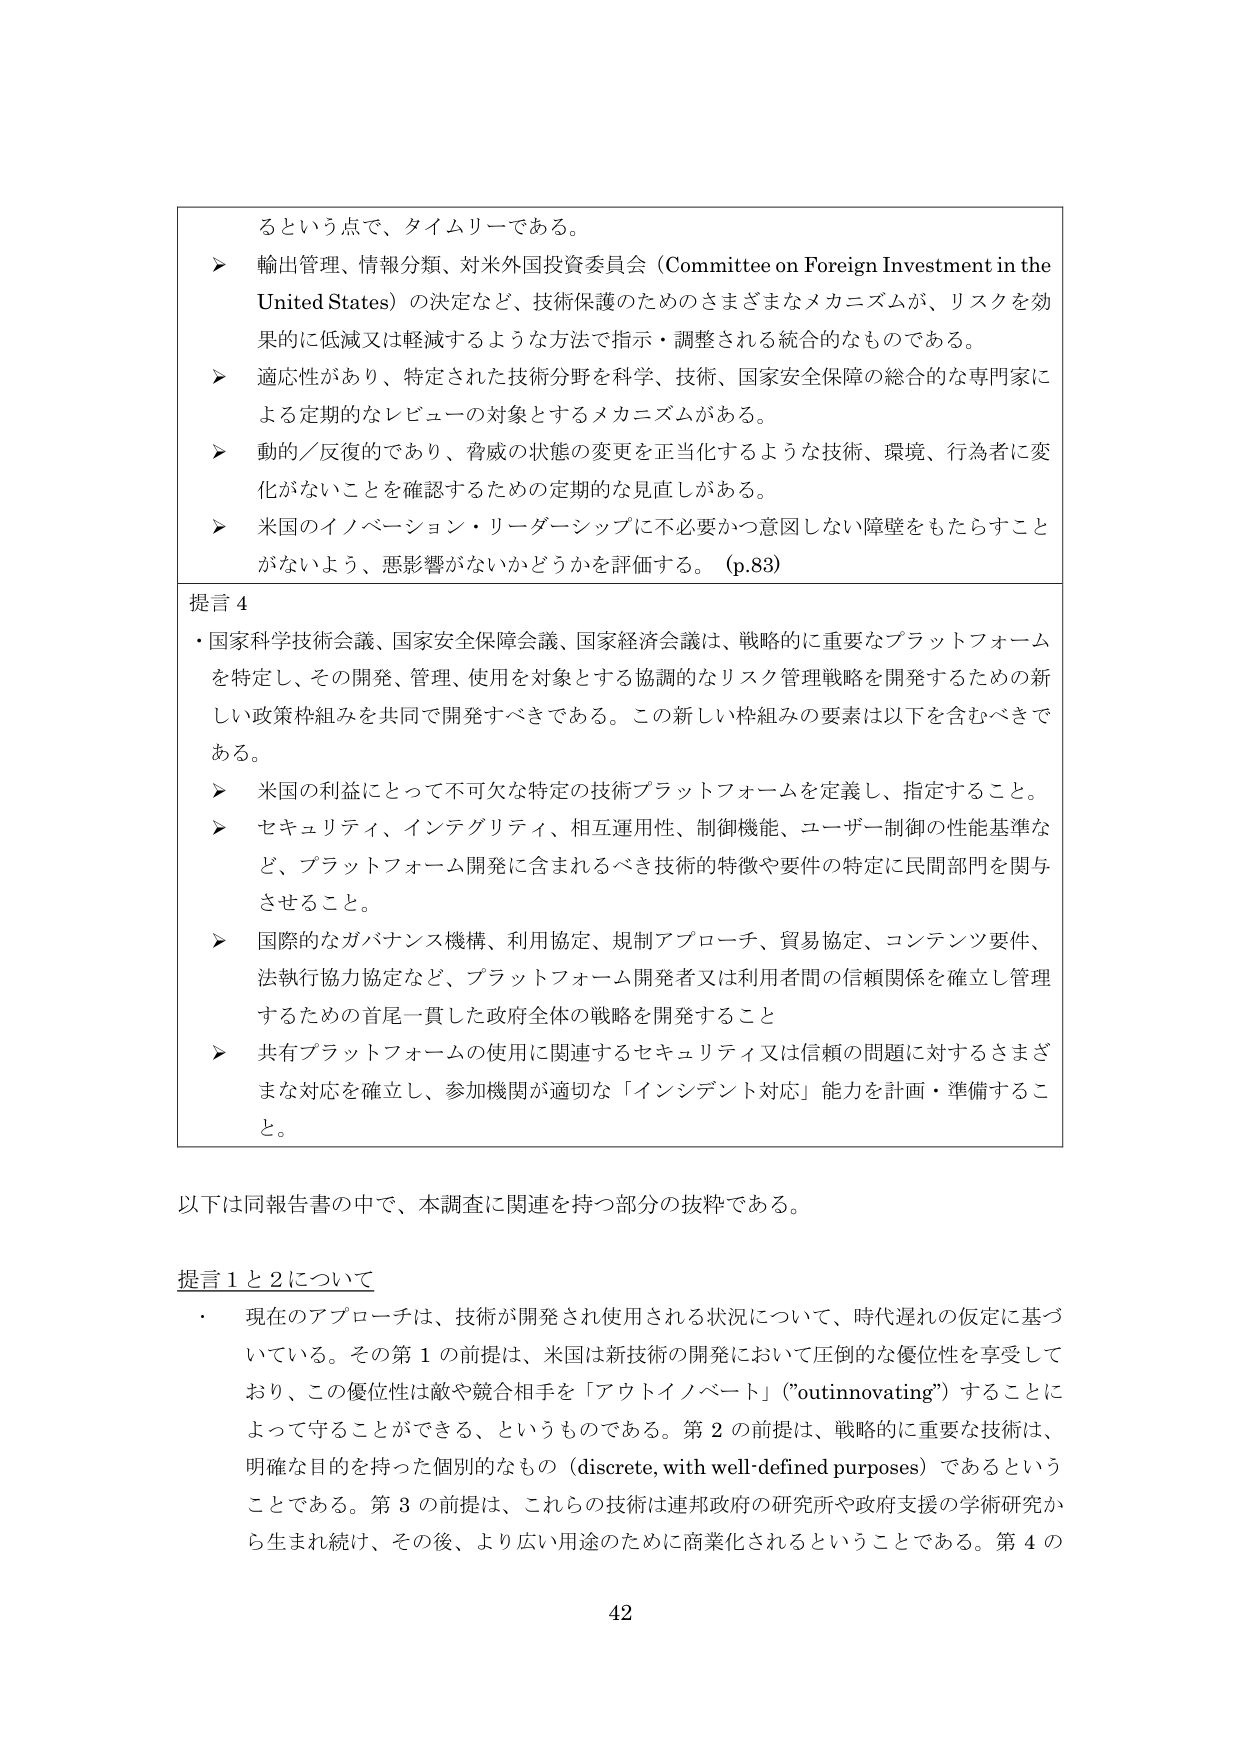
るという点で、タイムリーである。

➤ 輸出管理、情報分類、対米外国投資委員会（Committee on Foreign Investment in the United States）の決定など、技術保護のためのさまざまなメカニズムが、リスクを効果的に低減又は軽減するような方法で指示・調整される統合的なものである。

➤ 適応性があり、特定された技術分野を科学、技術、国家安全保障の総合的な専門家による定期的なレビューの対象とするメカニズムがある。

➤ 動的／反復的であり、脅威の状態の変更を正当化するような技術、環境、行為者に変化がないことを確認するための定期的な見直しがある。

➤ 米国のイノベーション・リーダーシップに不必要かつ意図しない障壁をもたらすことがないよう、悪影響がないかどうかを評価する。（p.83）

提言 4

・国家科学技術会議、国家安全保障会議、国家経済会議は、戦略的に重要なプラットフォームを特定し、その開発、管理、使用を対象とする協調的なリスク管理戦略を開発するための新しい政策枠組みを共同で開発すべきである。この新しい枠組みの要素は以下を含むべきである。

➤ 米国の利益にとって不可欠な特定の技術プラットフォームを定義し、指定すること。

➤ セキュリティ、インテグリティ、相互運用性、制御機能、ユーザー制御の性能基準など、プラットフォーム開発に含まれるべき技術的特徴や要件の特定に民間部門を関与させること。

➤ 国際的なガバナンス機構、利用協定、規制アプローチ、貿易協定、コンテンツ要件、法執行協力協定など、プラットフォーム開発者又は利用者間の信頼関係を確立し管理するための首尾一貫した政府全体の戦略を開発すること

➤ 共有プラットフォームの使用に関連するセキュリティ又は信頼の問題に対するさまざまな対応を確立し、参加機関が適切な「インシデント対応」能力を計画・準備すること。

以下は同報告書の中で、本調査に関連を持つ部分の抜粋である。

提言1と2について

・ 現在のアプローチは、技術が開発され使用される状況について、時代遅れの仮定に基づいている。その第1の前提は、米国は新技術の開発において圧倒的な優位性を享受しており、この優位性は敵や競合相手を「アウトイノベート」（"outinnovating"）することによって守ることができる、というものである。第2の前提は、戦略的に重要な技術は、明確な目的を持った個別的なもの（discrete, with well-defined purposes）であるということである。第3の前提は、これらの技術は連邦政府の研究所や政府支援の学術研究から生まれ続け、その後、より広い用途のために商業化されるということである。第4の

42